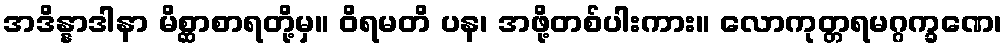
အဒိန္နာဒါနာ မိစ္ဆာစာရတို့မှ။ ဝိရမတိ ပန၊ အဖို့တစ်ပါးကား။ လောကုတ္တရမဂ္ဂက္ခဏေ၊